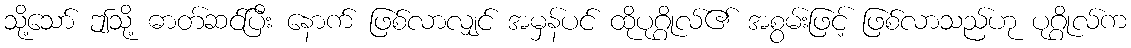
သို့သော် ဤသို့ ဓာတ်ဆင်ပြီး နောက် ဖြစ်လာလျှင် အမှန်ပင် ထိုပုဂ္ဂိုလ်၏ အစွမ်းဖြင့် ဖြစ်လာသည်ဟု ပုဂ္ဂိုလ်က